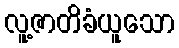
လူ့ဇာတိခံယူသော